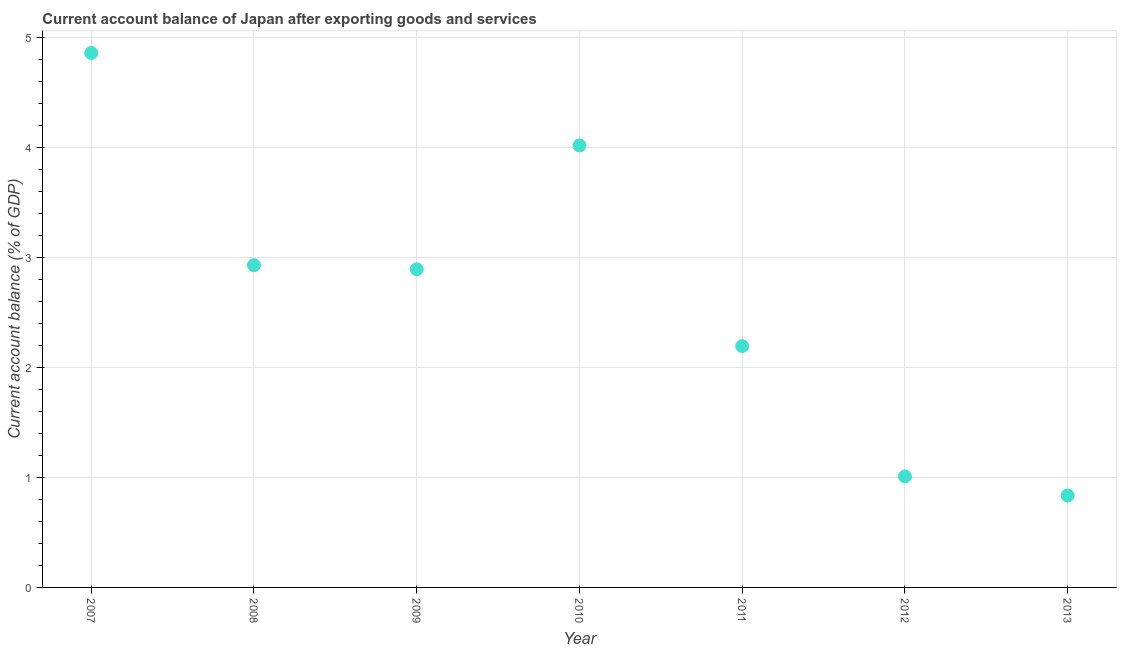
| Year | Current account balance |
 | --- | --- |
 | 2007 | 4.86 |
 | 2008 | 2.93 |
 | 2009 | 2.89 |
 | 2010 | 4.02 |
 | 2011 | 2.19 |
 | 2012 | 1.01 |
 | 2013 | 0.836 |